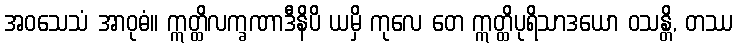
အဝသေသံ အာဝုဓံ။ ဣတ္ထိလက္ခဏာဒီနိပိ ယမှိ ကုလေ တေ ဣတ္ထိပုရိသာဒယော ဝသန္တိ, တဿ